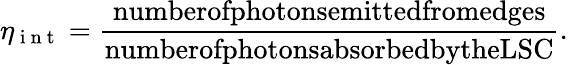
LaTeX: \eta_{\mathrm{~i~n~t~}}=\frac{\textrm{numberofphotonsemittedfromedges}}{\textrm{numberofphotonsabsorbedbytheLSC}}.